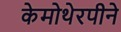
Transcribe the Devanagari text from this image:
केमोथेरपीने